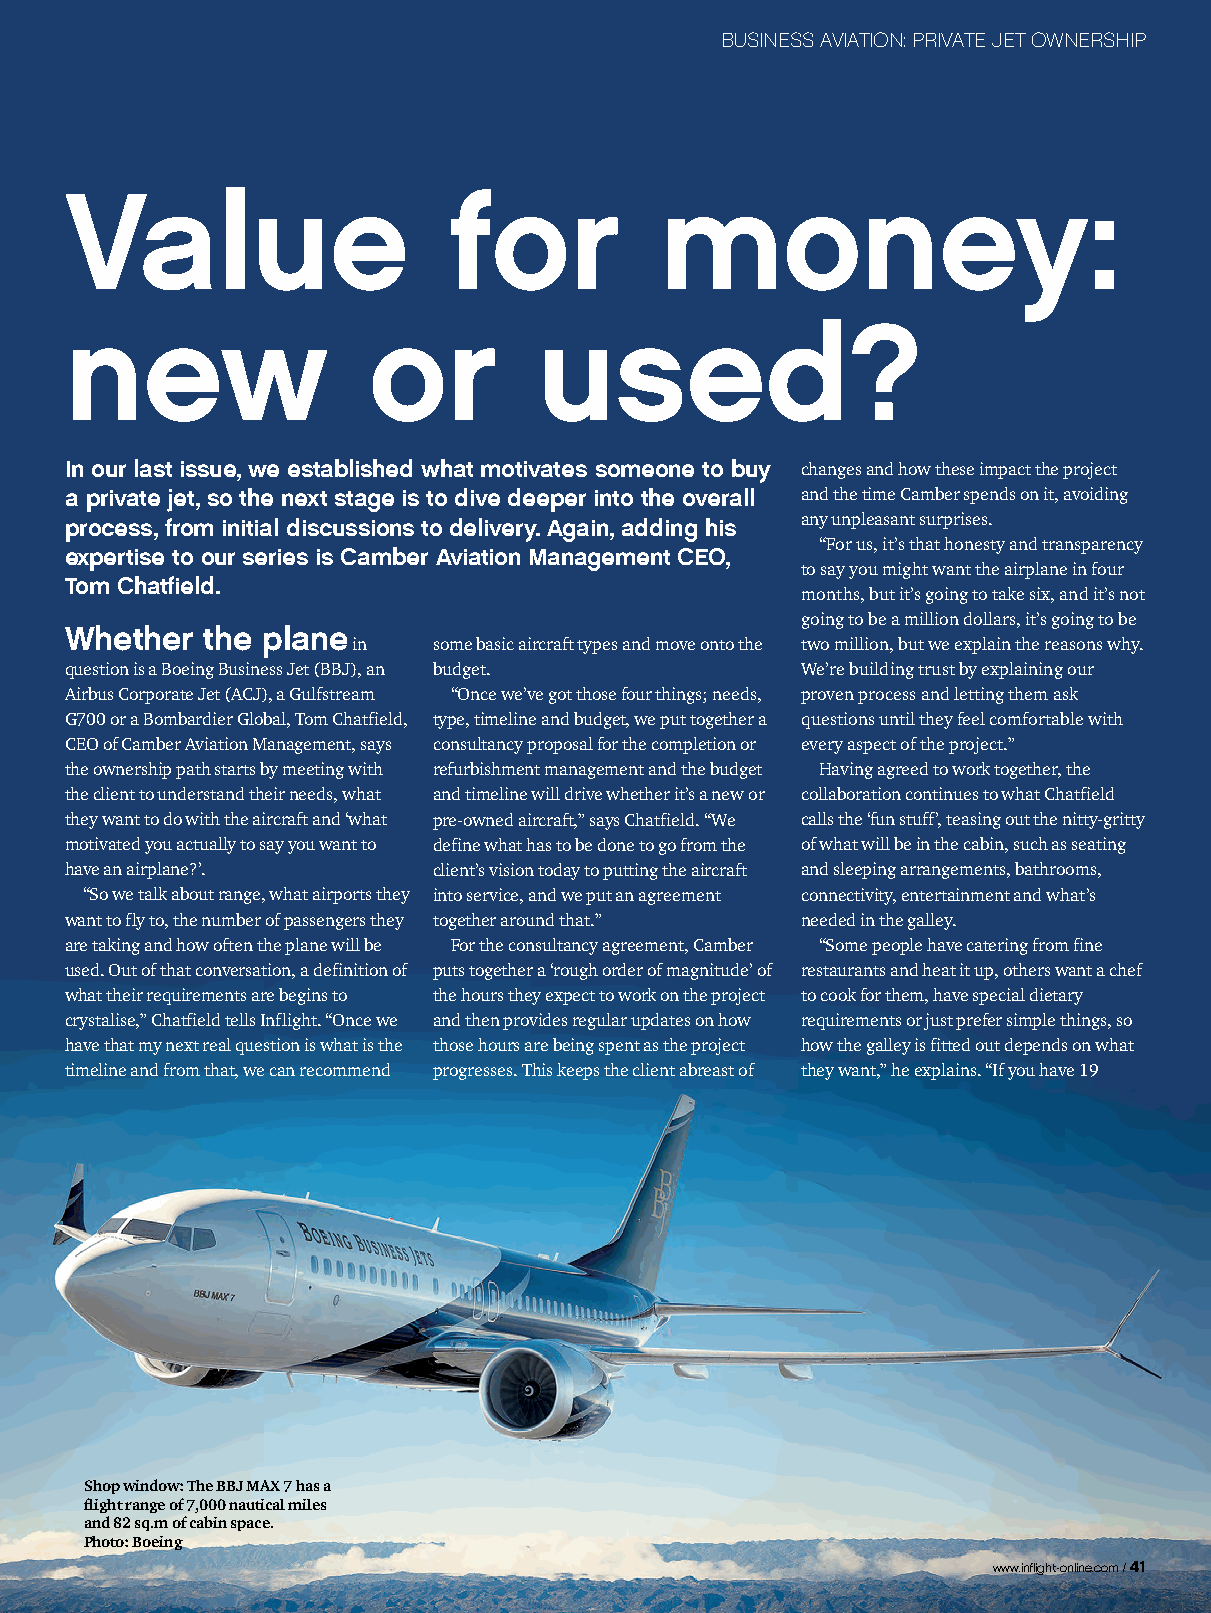
BUSINESS AVIATION: PRIVATE JET OWNERSHIP
 Value                     for           money:
 new                 or          used?
 In our last issue, we established what motivates someone to buy changes and how these impact the project
 a private jet, so the next stage is to dive deeper into the overall and the time Camber spends on it, avoiding
 process, from initial discussions to delivery. Again, adding his any unpleasant surprises.
 “For us, it’s that honesty and transparency
 expertise to our series is Camber Aviation Management CEO,
 to say you might want the airplane in four
 Tom Chatfield.
 months, but it’s going to take six, and it’s not
 going to be a million dollars, it’s going to be
 Whether  the plane
 in    some basic aircraft types and move onto the two million, but we explain the reasons why.
 question is a Boeing Business Jet (BBJ), an budget. We’re building trust by explaining our
 Airbus Corporate Jet (ACJ), a Gulfstream “Once we’ve got those four things; needs, proven process and letting them ask
 G700 or a Bombardier Global, Tom Chatfield, type, timeline and budget, we put together a questions until they feel comfortable with
 CEO of Camber Aviation Management, says consultancy proposal for the completion or every aspect of the project.”
 the ownership path starts by meeting with refurbishment management and the budget Having agreed to work together, the
 the client to understand their needs, what and timeline will drive whether it’s a new or collaboration continues to what Chatfield
 they want to do with the aircraft and ‘what pre-owned aircraft,” says Chatfield. “We calls the ‘fun stuff’, teasing out the nitty-gritty
 motivated you actually to say you want to define what has to be done to go from the of what will be in the cabin, such as seating
 have an airplane?’.      client’s vision today to putting the aircraft and sleeping arrangements, bathrooms,
 “So we talk about range, what airports they into service, and we put an agreement connectivity, entertainment and what’s
 want to fly to, the number of passengers they together around that.” needed in the galley.
 are taking and how often the plane will be For the consultancy agreement, Camber “Some people have catering from fine
 used. Out of that conversation, a definition of puts together a ‘rough order of magnitude’ of restaurants and heat it up, others want a chef
 what their requirements are begins to the hours they expect to work on the project to cook for them, have special dietary
 crystalise,” Chatfield tells Inflight. “Once we and then provides regular updates on how requirements or just prefer simple things, so
 have that my next real question is what is the those hours are being spent as the project how the galley is fitted out depends on what
 timeline and from that, we can recommend progresses. This keeps the client abreast of they want,” he explains. “If you have 19
 Shop window: The BBJ MAX 7 has a
 flight range of 7,000 nautical miles
 and 82 sq.m of cabin space.
 Photo: Boeing
 www.inflight-online.com / 41